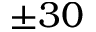
\pm 3 0